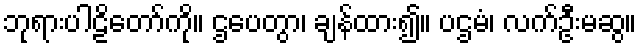
ဘုရားပါဠိတော်ကို။ ဌပေတွာ၊ ချန်ထား၍။ ပဌမံ၊ လက်ဦးမဆွ။